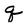
Character: q